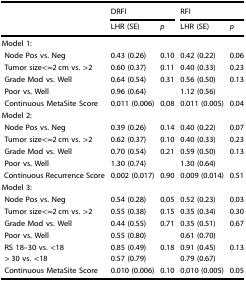
<table><thead><tr><td></td><td colspan="2"><b>DRFI</b></td><td colspan="2"><b>RFI</b></td></tr><tr><td></td><td><b>LHR (SE)</b></td><td><b><i>p</i></b></td><td><b>LHR (SE)</b></td><td><b><i>p</i></b></td></tr></thead><tbody><tr><td colspan="5">Model 1:</td></tr><tr><td> Node Pos vs. Neg</td><td>0.43 (0.26)</td><td>0.10</td><td>0.42 (0.22)</td><td>0.06</td></tr><tr><td> Tumor size&lt;=2 cm vs. &gt;2</td><td>0.60 (0.37)</td><td>0.11</td><td>0.40 (0.33)</td><td>0.23</td></tr><tr><td> Grade Mod vs. Well</td><td>0.64 (0.54)</td><td>0.31</td><td>0.56 (0.50)</td><td>0.13</td></tr><tr><td> Poor vs. Well</td><td>0.96 (0.64)</td><td></td><td>1.12 (0.56)</td><td></td></tr><tr><td> Continuous MetaSite Score</td><td>0.011 (0.006)</td><td>0.08</td><td>0.011 (0.005)</td><td>0.04</td></tr><tr><td colspan="5">Model 2:</td></tr><tr><td> Node Pos vs. Neg</td><td>0.39 (0.26)</td><td>0.14</td><td>0.40 (0.22)</td><td>0.07</td></tr><tr><td> Tumor size&lt;=2 cm vs. &gt;2</td><td>0.62 (0.37)</td><td>0.10</td><td>0.40 (0.33)</td><td>0.23</td></tr><tr><td> Grade Mod vs. Well</td><td>0.70 (0.54)</td><td>0.21</td><td>0.59 (0.50)</td><td>0.13</td></tr><tr><td> Poor vs. Well</td><td>1.30 (0.74)</td><td></td><td>1.30 (0.64)</td><td></td></tr><tr><td> Continuous Recurrence Score</td><td>0.002 (0.017)</td><td>0.90</td><td>0.009 (0.014)</td><td>0.51</td></tr><tr><td colspan="5">Model 3:</td></tr><tr><td> Node Pos vs. Neg</td><td>0.54 (0.28)</td><td>0.05</td><td>0.52 (0.23)</td><td>0.03</td></tr><tr><td> Tumor size&lt;=2 cm vs. &gt;2</td><td>0.55 (0.38)</td><td>0.15</td><td>0.35 (0.34)</td><td>0.30</td></tr><tr><td> Grade Mod vs. Well</td><td>0.44 (0.55)</td><td>0.71</td><td>0.35 (0.51)</td><td>0.67</td></tr><tr><td> Poor vs. Well</td><td>0.55 (0.80)</td><td></td><td>0.61 (0.70)</td><td></td></tr><tr><td> RS 18–30 vs. &lt;18</td><td>0.85 (0.49)</td><td>0.18</td><td>0.91 (0.45)</td><td>0.13</td></tr><tr><td> &gt; 30 vs. &lt;18</td><td>0.57 (0.79)</td><td></td><td>0.79 (0.67)</td><td></td></tr><tr><td> Continuous MetaSite Score</td><td>0.010 (0.006)</td><td>0.10</td><td>0.010 (0.005)</td><td>0.05</td></tr></tbody></table>